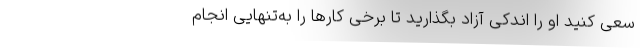
سعی کنید او را اندکی آزاد بگذارید تا برخی کارها را به‌تنهایی انجام